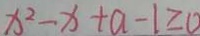
x ^ { 2 } - x + a - 1 \geq 0